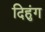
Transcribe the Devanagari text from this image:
दिहुंग